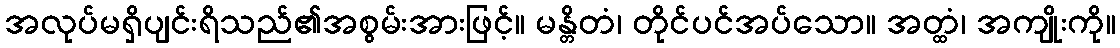
အလုပ်မရှိပျင်းရိသည်၏အစွမ်းအားဖြင့်။ မန္တိတံ၊ တိုင်ပင်အပ်သော။ အတ္ထံ၊ အကျိုးကို။